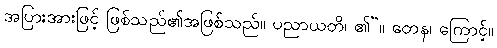
အပြားအားဖြင့် ဖြစ်သည်၏အဖြစ်သည်။ ပညာယတိ၊ ၏”။ တေန၊ ကြောင့်။